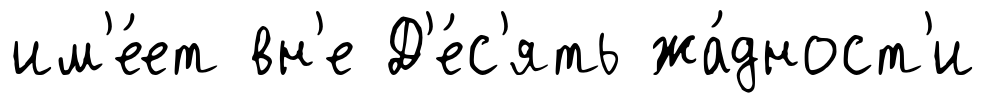
им'е́ет вн'е Д'е́с'ять жа́дност'и